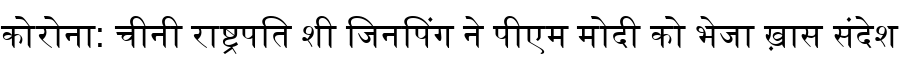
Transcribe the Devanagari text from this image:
कोरोना: चीनी राष्ट्रपति शी जिनपिंग ने पीएम मोदी को भेजा ख़ास संदेश